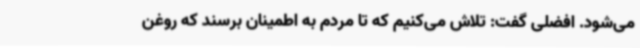
می‌شود. افضلی گفت: تلاش می‌کنیم که تا مردم به اطمینان برسند که روغن